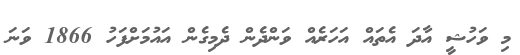
މި ވަހުޝީ އާދަ އެތައް އަހަރެއް ވަންދެން ދެމިގެން އައުމަށްފަހު 1866 ވަނަ